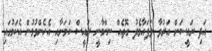
އަދި ރައީސަށް އަރުވާ ލަފައާމެދު ގޮތެއް ނިންމާނީ ރައީސް ކަމަށާއި އެހެންވުމުން އެކަމުގައި